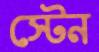
স্টেন